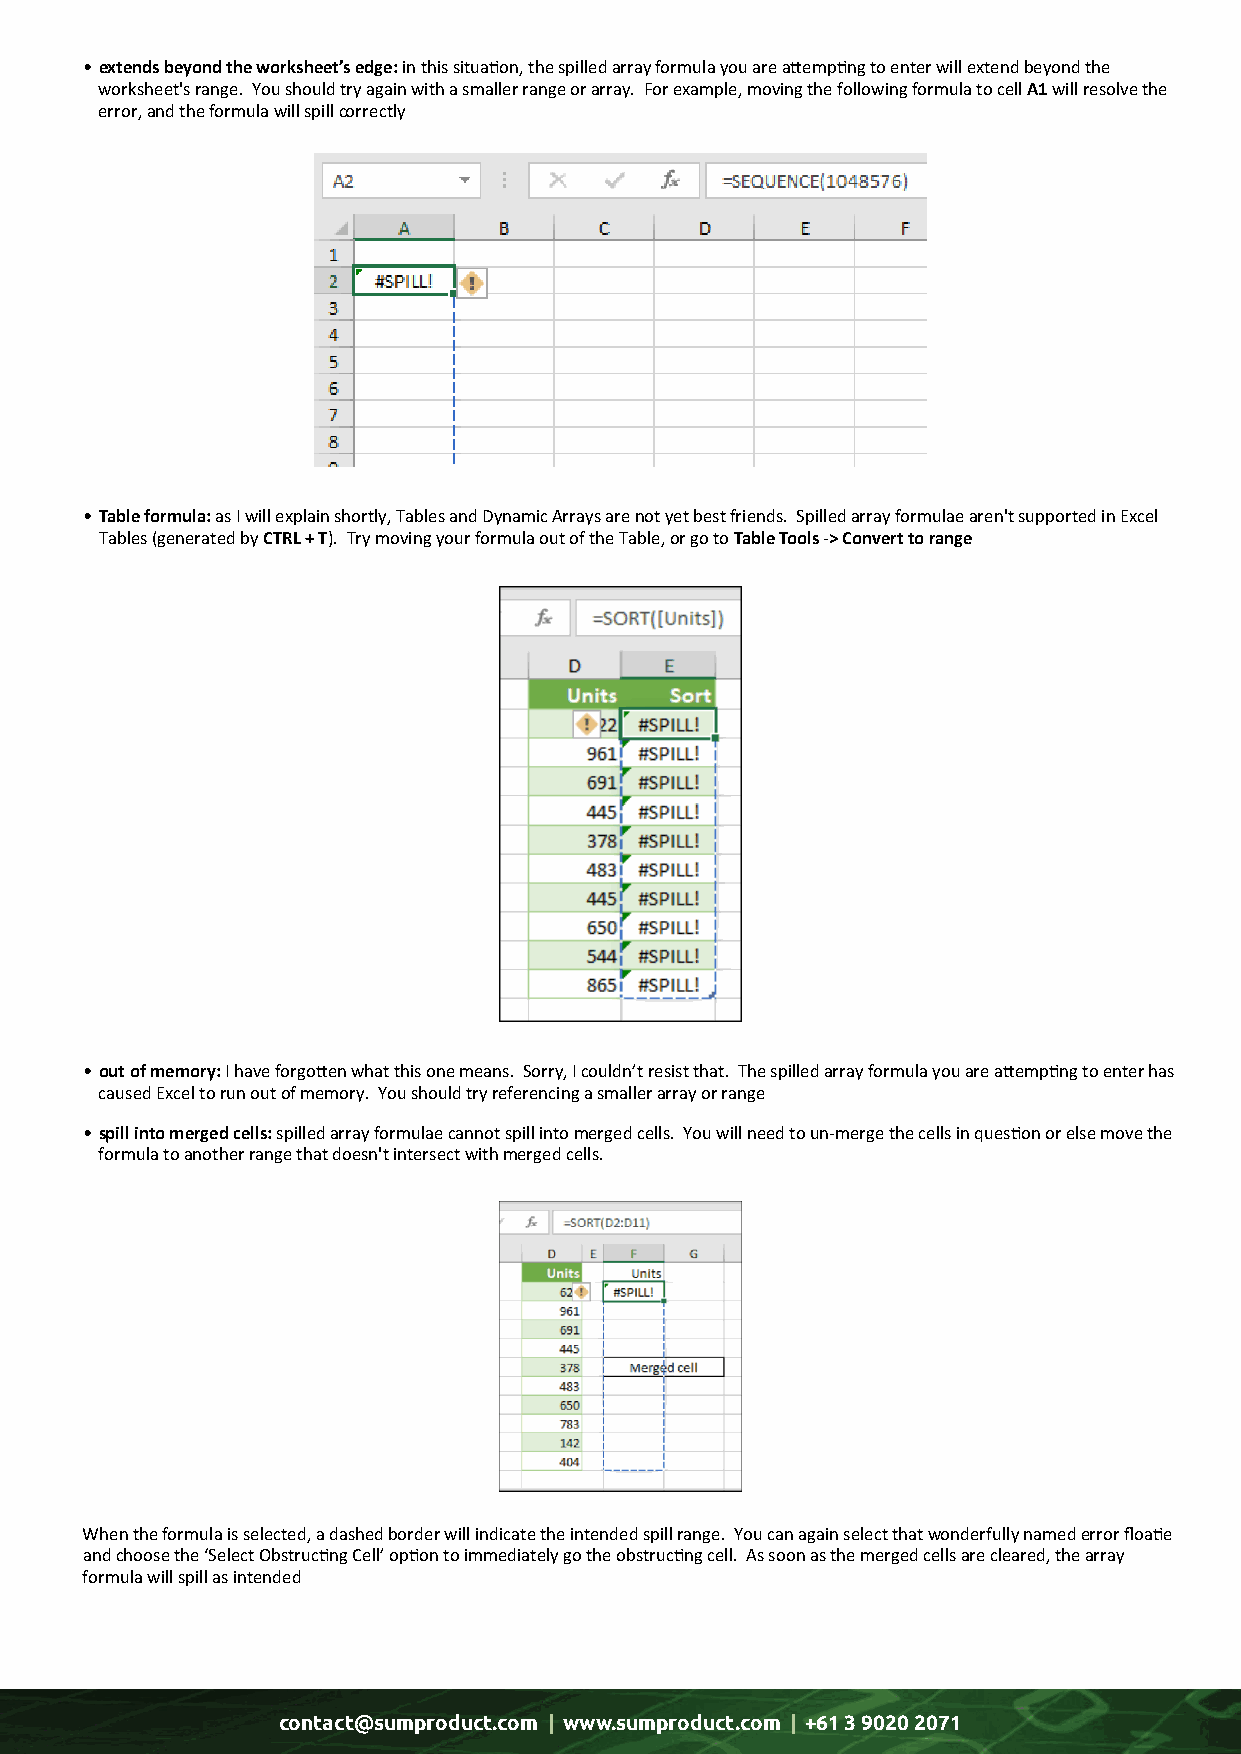
• extends beyond the worksheet’s edge: in this situation, the spilled array formula you are attempting to enter will extend beyond the
 worksheet's range. You should try again with a smaller range or array. For example, moving the following formula to cell A1 will resolve the
 error, and the formula will spill correctly
 • Table formula: as I will explain shortly, Tables and Dynamic Arrays are not yet best friends. Spilled array formulae aren't supported in Excel
 Tables (generated by CTRL + T). Try moving your formula out of the Table, or go to Table Tools -> Convert to range
 • out of memory: I have forgotten what this one means. Sorry, I couldn’t resist that. The spilled array formula you are attempting to enter has
 caused Excel to run out of memory. You should try referencing a smaller array or range
 • spill into merged cells: spilled array formulae cannot spill into merged cells. You will need to un-merge the cells in question or else move the
 formula to another range that doesn't intersect with merged cells.
 When the formula is selected, a dashed border will indicate the intended spill range. You can again select that wonderfully named error floatie
 and choose the ‘Select Obstructing Cell’ option to immediately go the obstructing cell. As soon as the merged cells are cleared, the array
 formula will spill as intended
 contact@sumproduct.com | www.sumproduct.com | +61 3 9020 2071